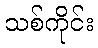
သစ်ကိုင်း